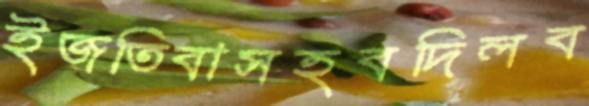
ইজতিবাসহবদিলব